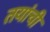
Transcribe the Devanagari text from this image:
तयांची